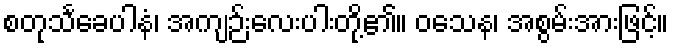
စတုသင်္ခေပါနံ၊ အကျဉ်းလေးပါးတို့၏။ ဝသေန၊ အစွမ်းအားဖြင့်။